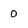
Character: 0